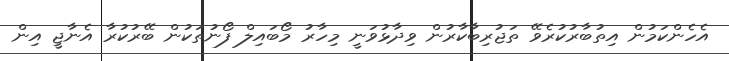
އެހެންކަމުން އިތުބާރުކުރެވޭ ތަޖުރިބާކާރުން ވިދާޅުވަނީ މިހާރު މޯބައިލް ފޯނުތަކުން ބޭރުކުރާ އެނާޖީ އިން